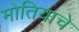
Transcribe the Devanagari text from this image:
मोतियाचे